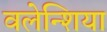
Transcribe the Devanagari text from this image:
वलेन्शिया